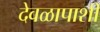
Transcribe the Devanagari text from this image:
देवळापाशी